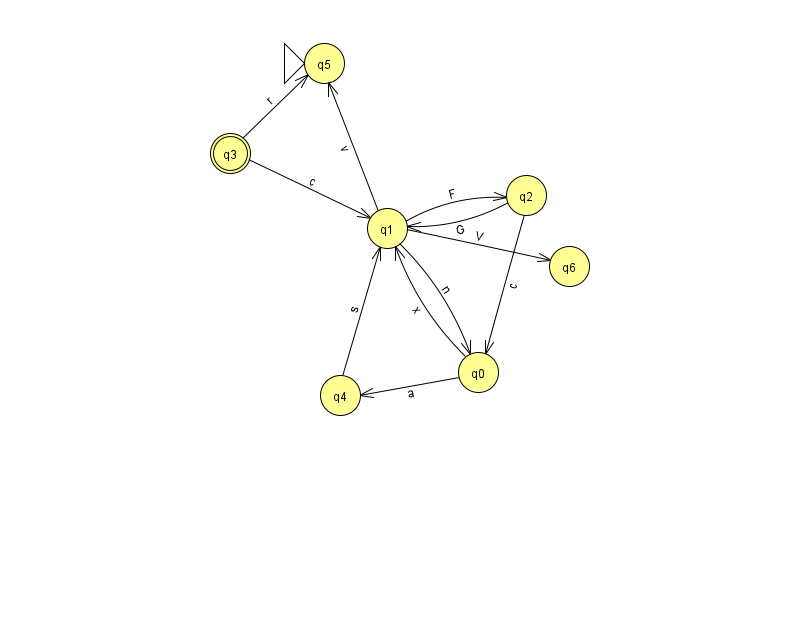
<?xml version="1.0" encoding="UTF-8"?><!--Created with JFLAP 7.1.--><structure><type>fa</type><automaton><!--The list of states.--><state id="0" name="q0"><x>478.0</x><y>359.0</y></state><state id="1" name="q1"><x>387.0</x><y>215.0</y></state><state id="2" name="q2"><x>526.0</x><y>182.0</y></state><state id="3" name="q3"><x>230.0</x><y>140.0</y><final/></state><state id="4" name="q4"><x>340.0</x><y>382.0</y></state><state id="5" name="q5"><x>324.0</x><y>50.0</y><initial/></state><state id="6" name="q6"><x>569.0</x><y>253.0</y></state><!--The list of transitions.--><transition><from>2</from><to>0</to><read>c</read></transition><transition><from>0</from><to>4</to><read>a</read></transition><transition><from>1</from><to>0</to><read>n</read></transition><transition><from>3</from><to>1</to><read>c</read></transition><transition><from>1</from><to>6</to><read>V</read></transition><transition><from>0</from><to>1</to><read>x</read></transition><transition><from>1</from><to>2</to><read>F</read></transition><transition><from>2</from><to>1</to><read>G</read></transition><transition><from>3</from><to>5</to><read>r</read></transition><transition><from>4</from><to>1</to><read>s</read></transition><transition><from>1</from><to>5</to><read>v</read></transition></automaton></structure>